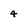
Character: 4